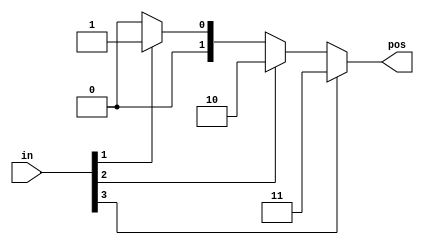
module top_module(
    input wire [3:0] in,   // 4-bit input
    output reg [1:0] pos   // 2-bit output representing position of the highest-order active bit
);
    always @(*) begin
        // Default output to zero
        pos = 2'b00;
        
        // Check highest-order bit first, moving to the lowest-order bit
        if (in[3])
            pos = 2'b11;
        else if (in[2])
            pos = 2'b10;
        else if (in[1])
            pos = 2'b01;
        else if (in[0])
            pos = 2'b00;
    end
endmodule